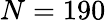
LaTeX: N=190